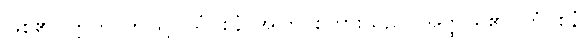
ဖြစ်၏။ ဣတိ၊ ဤသို့။ ယံဝစနံ၊ အကြင်စကားသည်။ အတ္ထိ၊ ရှိ၏။ တံဝစနံ၊